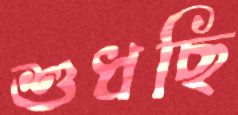
শুধছি